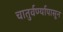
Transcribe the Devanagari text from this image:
चातुर्वर्ण्यापासून